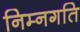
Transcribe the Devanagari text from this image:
निम्नगति